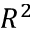
R ^ { 2 }